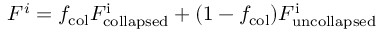
F ^ { i } = f _ { \mathrm { c o l } } F _ { \mathrm { c o l l a p s e d } } ^ { \mathrm { i } } + ( 1 - f _ { \mathrm { c o l } } ) F _ { \mathrm { u n c o l l a p s e d } } ^ { \mathrm { i } }